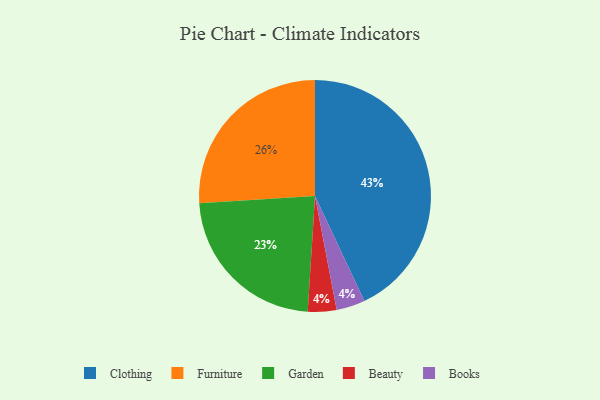
{"axis": {"x": "Category", "y": "Percentage"}, "legend": ["Beauty", "Books", "Clothing", "Furniture", "Garden"], "data": [{"x": "Beauty", "y": 4, "type": "Beauty"}, {"x": "Furniture", "y": 26, "type": "Furniture"}, {"x": "Garden", "y": 23, "type": "Garden"}, {"x": "Books", "y": 4, "type": "Books"}, {"x": "Clothing", "y": 43, "type": "Clothing"}]}